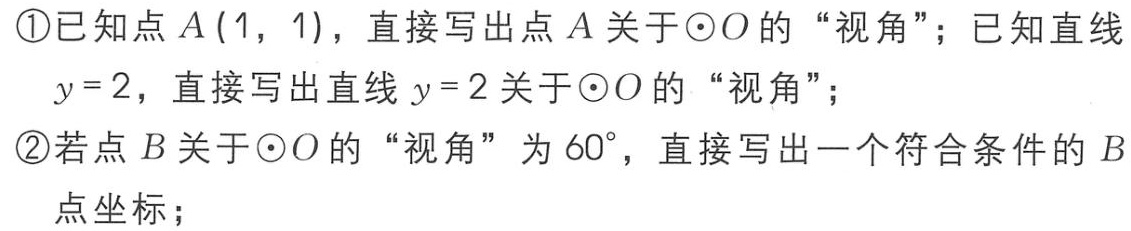
\textcircled{1}已知点\(A(1,1)\)，直接写出点\(A\)关于\(\odot O\)的“视角”；已知直线\(y = 2\)，直接写出直线\(y = 2\)关于\(\odot O\)的“视角”；
\textcircled{2}若点\(B\)关于\(\odot O\)的“视角”为\(60^{\circ}\)，直接写出一个符合条件的\(B\)点坐标；